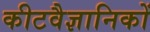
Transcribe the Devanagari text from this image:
कीटवैज्ञानिकों